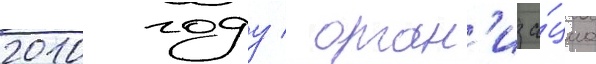
2010 году / орган'иза́циа